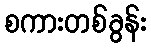
စကားတစ်ခွန်း